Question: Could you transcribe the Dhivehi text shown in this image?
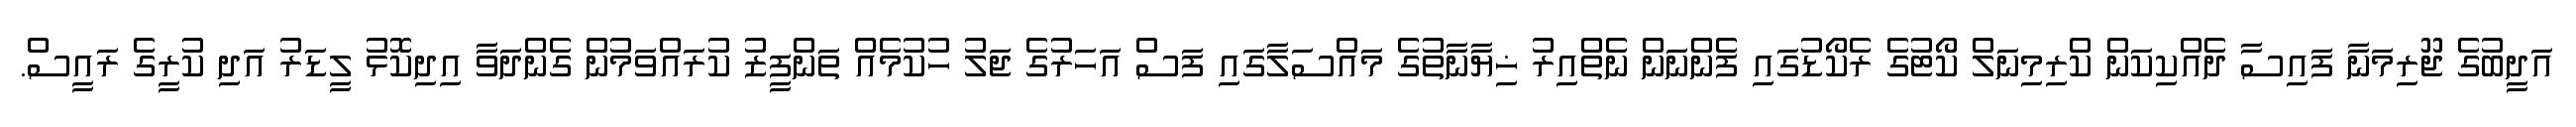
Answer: އަދީބުގެ ޖޫރިމަނާ ފައިސާ ދެއްކިކަން ކްރިމިނަލް ކޯޓުގެ ރެކޯޑުގައި ފެންނަން ނެތްއިރު ޚިޔާނާތުގެ މައްސަލާގައި ފަސް އަހަރުގެ ޖަލު ހުކުމެއް ތަންފީޒު ކުރައްވަމުން ގެންދަވާ އިދިކޮޅު ލީޑަރު އަދި ކުރީގެ ރައީސް.